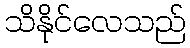
သိနိုင်လေသည်